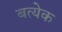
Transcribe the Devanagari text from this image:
बत्येक